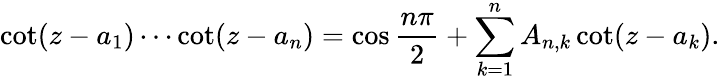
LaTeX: \cot(z-a_{1})\cdots\cot(z-a_{n})=\cos{\frac{n\pi}{2}}+\sum_{k=1}^{n}A_{n,k}\cot(z-a_{k}).